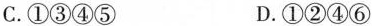
C.①③④⑤ D.①②④⑥